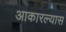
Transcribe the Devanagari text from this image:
आकारल्यास